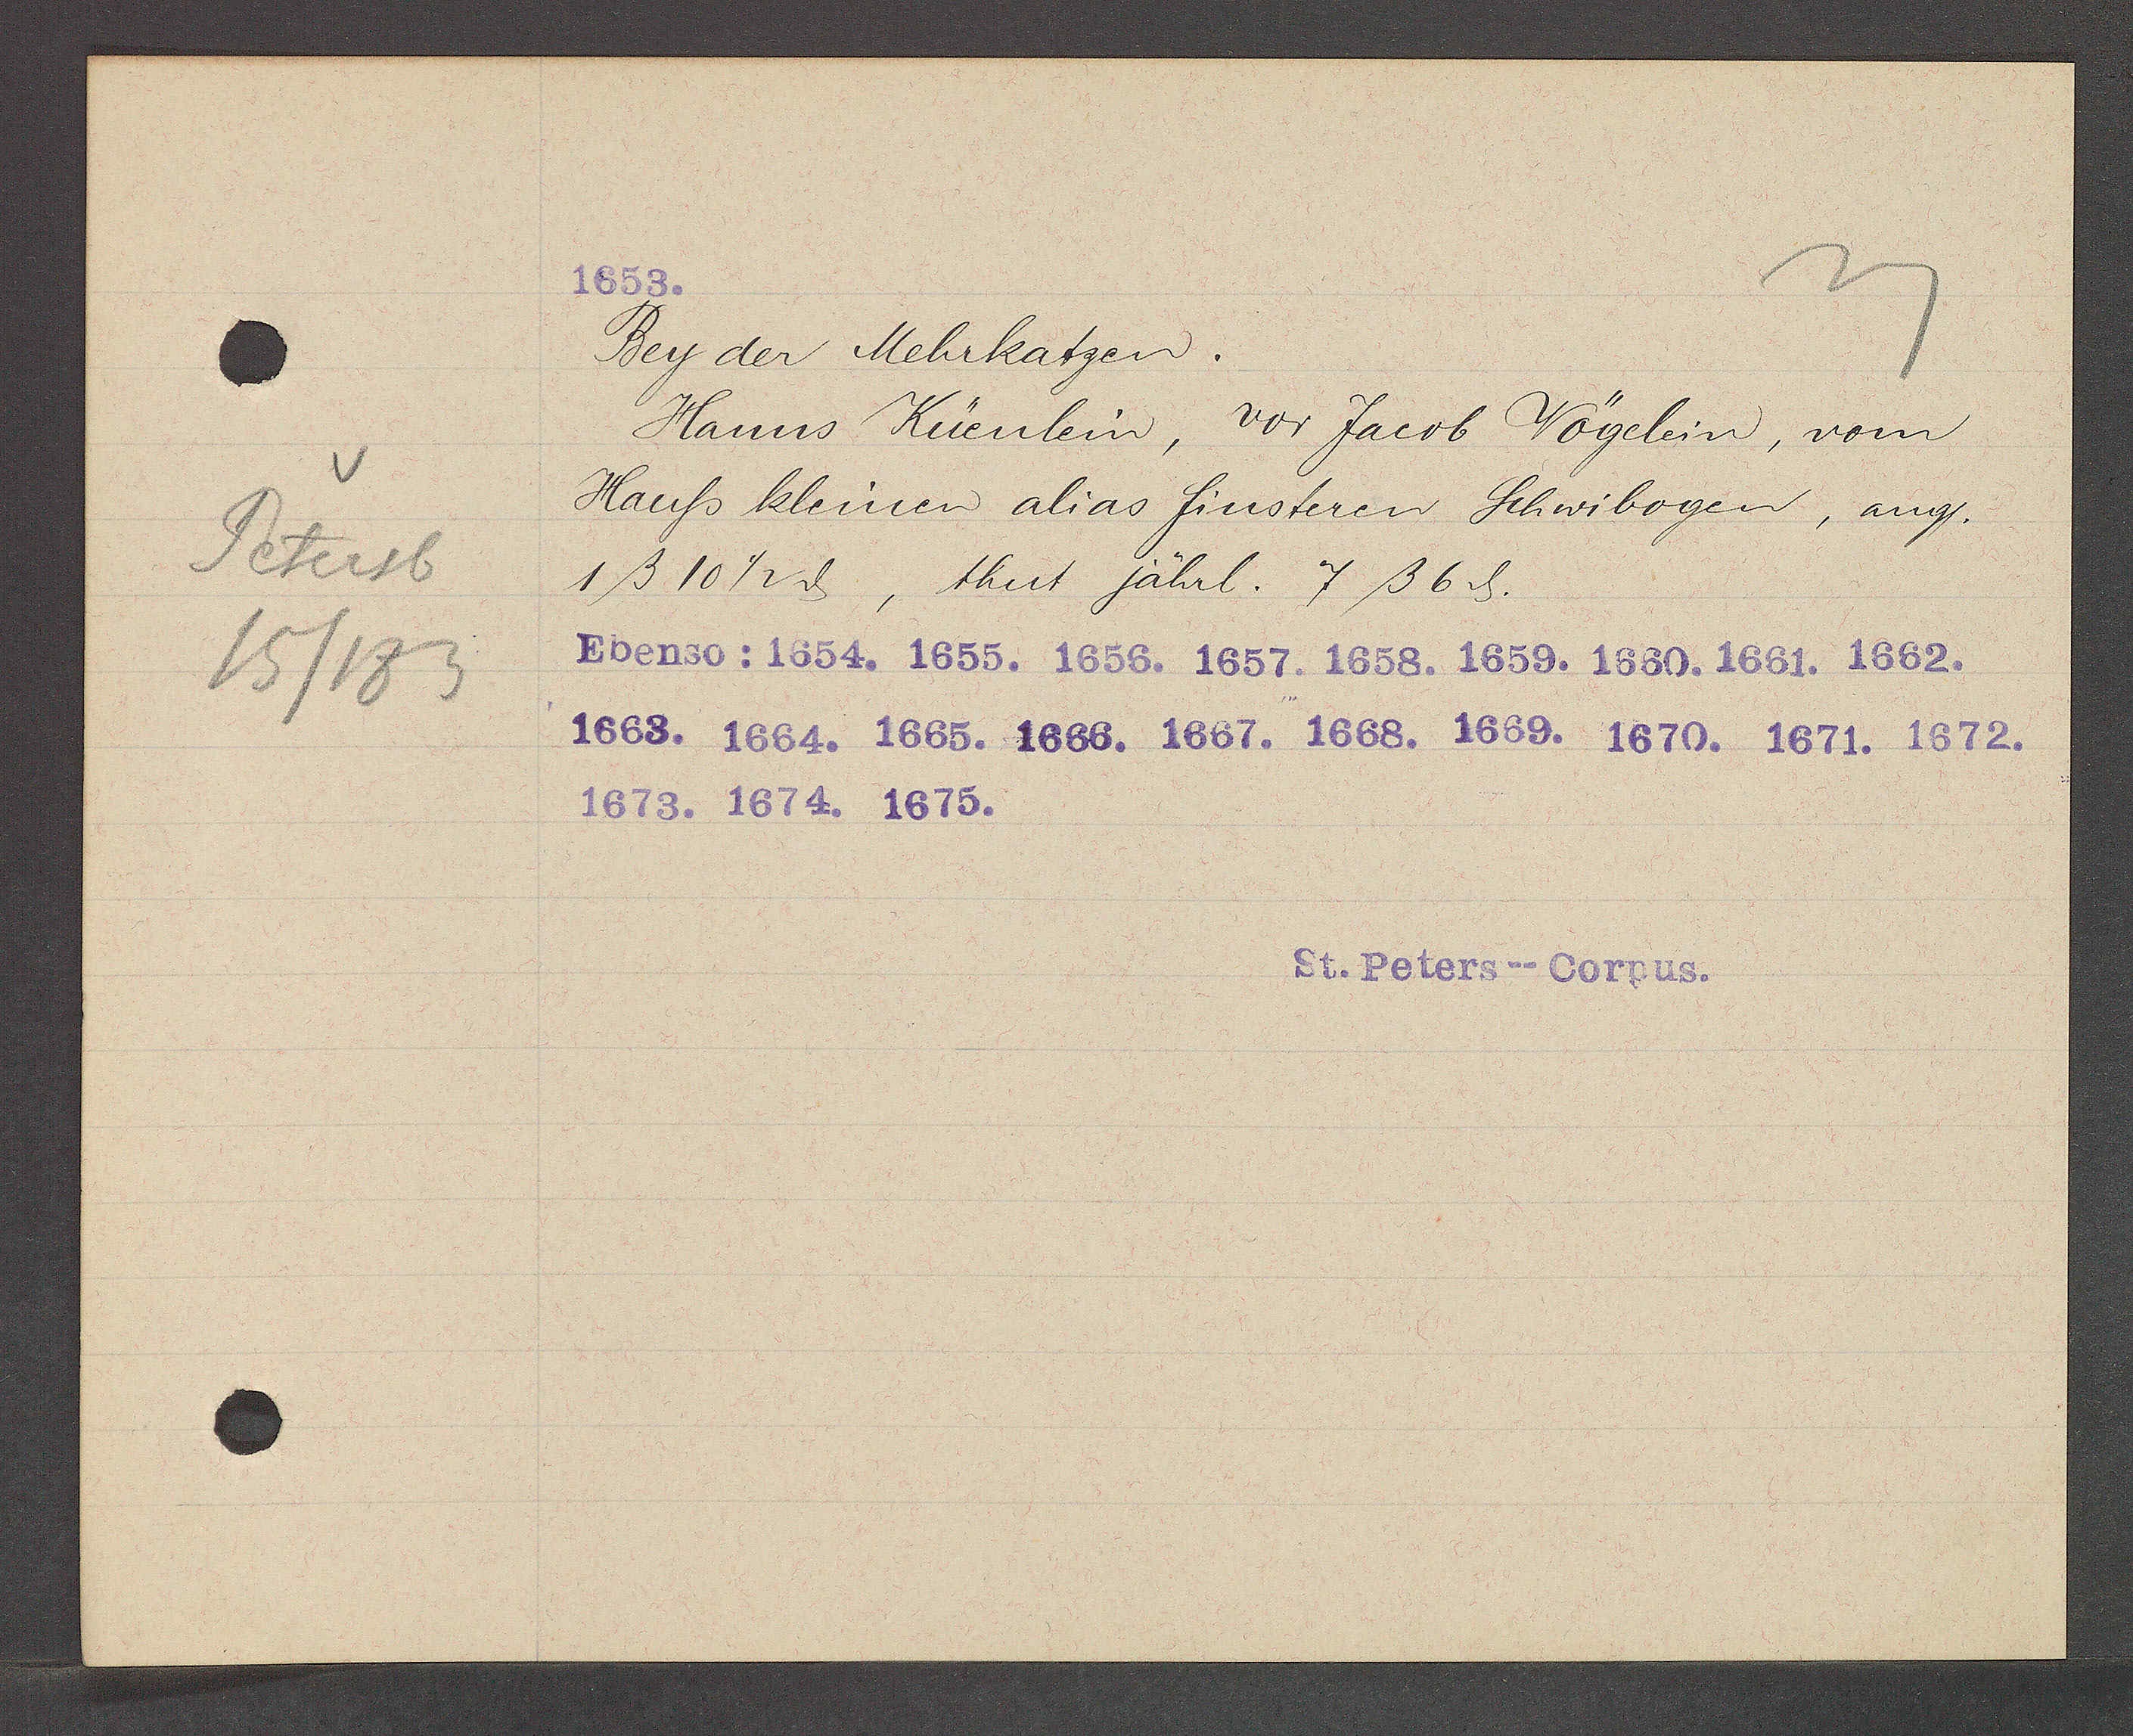
Transcript:
Petersb
15/183

1653.

Bey der Mehrkatzen.
Hanns Küenlein, vor Jacob Vögelein, vom
Hauss kleinen alias finsteren Schwibogen, ang.
1ß 10 1/2 ȡ, thut jährl. 7ß 6ȡ.
Ebenso: 1654. 1655. 1656. 1657. 1658. 1659. 1660. 1661. 1662.
1663. 1664. 1665. 1666. 1667. 1668. 1669. 1670. 1671. 1672.
1673. 1674. 1675.

St. Peters--Corpus.